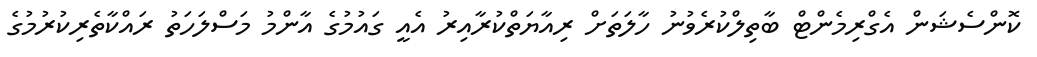
ކޮންސެޝަން އެގްރިމެންޓް ބާތިލްކުރެވުނު ހާލަތަށް ރިއާޔަތްކުރާއިރު އެއީ ގައުމުގެ އާންމު މަސްލަހަތު ރައްކާތެރިކުރުމުގެ